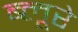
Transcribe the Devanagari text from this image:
ब्लूरे